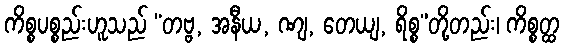
ကိစ္စပစ္စည်းဟူသည် “တဗ္ဗ, အနီယ, ဏျ, တေယျ, ရိစ္စ”တို့တည်း၊ ကိစ္စတ္ထ